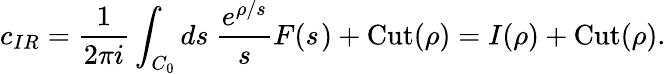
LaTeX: c_{IR}=\frac{1}{2\pi i}\int_{C_{0}}ds\ \frac{e^{\rho/s}}{s}F(s^{})+\mathrm{Cut}(\rho)=I(\rho)+\mathrm{Cut}(\rho).